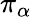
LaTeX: \pi_{\alpha}